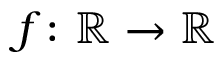
f \colon \ensuremath { \mathbb { R } } \to \ensuremath { \mathbb { R } }